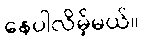
နေပါလိမ့်မယ်။